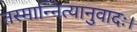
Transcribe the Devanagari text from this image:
तस्मान्नित्यानुवादः।